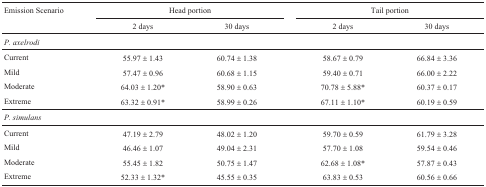
<table><thead><tr><td rowspan="2"><b>Emission Scenario</b></td><td colspan="2"><b>Head portion</b></td><td colspan="2"><b>Tail portion</b></td></tr><tr><td><b>2 days</b></td><td><b>30 days</b></td><td><b>2 days</b></td><td><b>30 days</b></td></tr></thead><tbody><tr><td colspan="5"><i>P. axelrodi</i></td></tr><tr><td>Current</td><td>55.97 ± 1.43</td><td>60.74 ± 1.38</td><td>58.67 ± 0.79</td><td>66.84 ± 3.36</td></tr><tr><td>Mild</td><td>57.47 ± 0.96</td><td>60.68 ± 1.15</td><td>59.40 ± 0.71</td><td>66.00 ± 2.22</td></tr><tr><td>Moderate</td><td>64.03 ± 1.20*</td><td>58.90 ± 0.63</td><td>70.78 ± 5.88*</td><td>60.37 ± 0.17</td></tr><tr><td>Extreme</td><td>63.32 ± 0.91*</td><td>58.99 ± 0.26</td><td>67.11 ± 1.10*</td><td>60.19 ± 0.59</td></tr><tr><td colspan="5"><i>P. simulans</i></td></tr><tr><td>Current</td><td>47.19 ± 2.79</td><td>48.02 ± 1.20</td><td>59.70 ± 0.59</td><td>61.79 ± 3.28</td></tr><tr><td>Mild</td><td>46.46 ± 1.07</td><td>49.04 ± 2.31</td><td>57.70 ± 1.08</td><td>59.54 ± 0.46</td></tr><tr><td>Moderate</td><td>55.45 ± 1.82</td><td>50.75 ± 1.47</td><td>62.68 ± 1.08*</td><td>57.87 ± 0.43</td></tr><tr><td>Extreme</td><td>52.33 ± 1.32*</td><td>45.55 ± 0.35</td><td>63.83 ± 0.53</td><td>60.56 ± 0.66</td></tr></tbody></table>